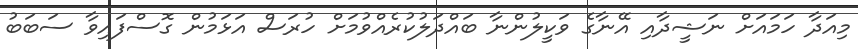
މިއަދާ ހަމައަށް ނަޝީދާއި އޭނާގެ ވަކީލުންނާ ބައްދަލުކުރެއްވުމަށް ހުރަސް އަޅަމުން ގޮސްފައިވާ ސަބަބު